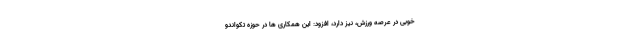
خوبی در عرصه ورزش، نیز دارد، افزود: این همکاری ها در حوزه تکواندو